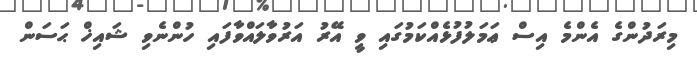
މިރަދުންގެ އެންމެ އިސް ޢަމަލުފުޅެއްކަމުގައި ވީ އޭރު އަރުވާލައްވާފައި ހުންނެވި ޝައިޚް ޙަސަން